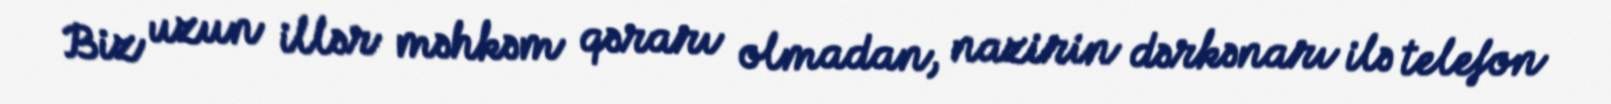
Biz uzun illər məhkəm qərarı olmadan, nazirin dərkənarı ilə telefon